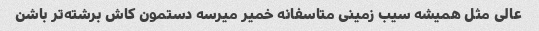
عالی مثل همیشه سیب زمینی متاسفانه خمیر میرسه دستمون کاش برشته‌تر باشن